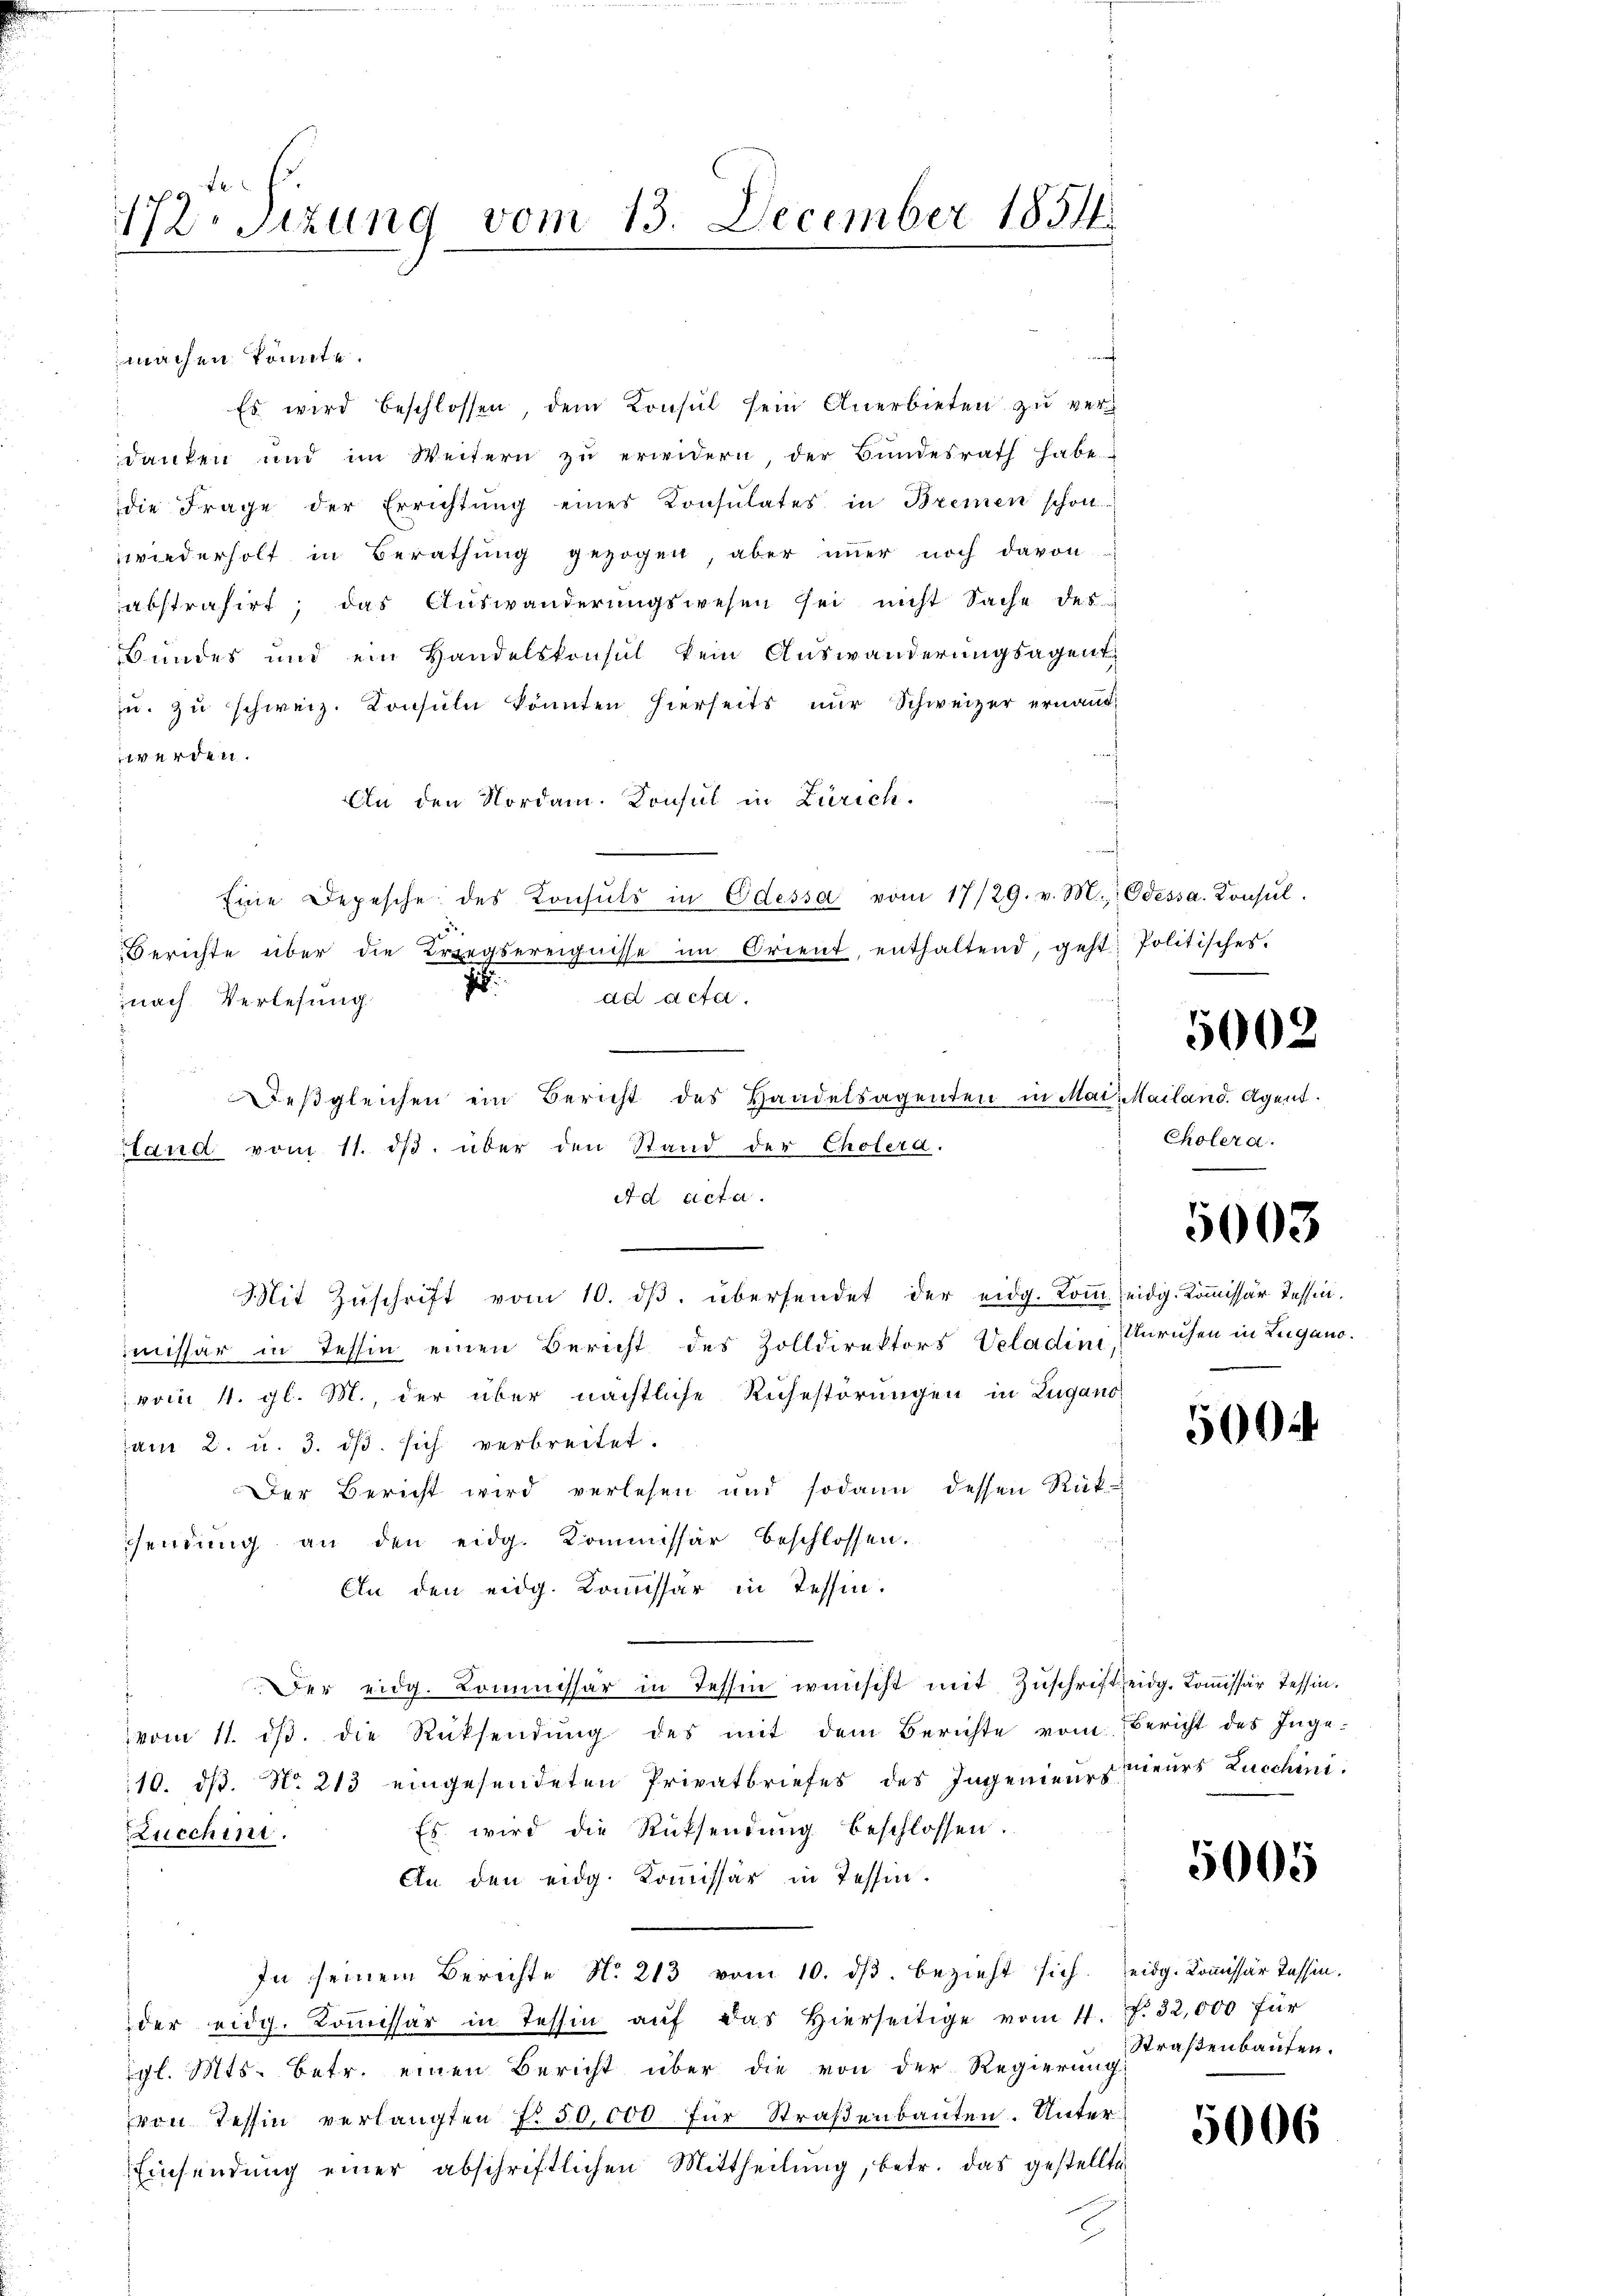
172. Sitzung vom 13. December 1851.

d
machen könnte.
Es wird beschlossen, dem Konsul sein Anerbieten zu verdanken und im Weitern zu erwidern der Bundesrath habe.
die Frage der Errichtung eines Konsulates in Bremen schon
wiederholt in Berathung gezogen, aber immer noch davon
abstrasirt; das Auswanderungswesen sei nicht Sache des
Bundes und ein Handelskonsul kein Auswanderungsagent
zu zu schweiz. Konsuln könnten hierseits nur Schweizer ernannt,
werden.
An den Nordam. Konsul in Zürich.
Mit Zŭschrift vom 10. dβ. übersendet der eidg. Komm eidg. Kommissär Tessin,
missär in Tessin einen Bericht des Zolldirektors Veladini, Zürichen in Lugano.
vom 11. gl. M. der über nächtliche Ruhestörungen in Zugano
am 2. u. 3. dβ sich verbreitet.
Der Bericht wird verlesen und sodann dessen Rüksendung an den eidg. Kommissär beschlossen.
An den eidg. Komissär in Tessin.
Der eidg. Kommissär in Tessin wünscht mit Zŭschrift
vom 11. dβ. die Rücksendung des mit dem Berichte vom Bericht des Inge-
110. dß. No. 213 eingesendeten Privatbriefes des Ingenieurs
Es wird die Rücksendung beschlossen.
Zucchini.
An den eidg. Kommissär in Tessin.
In seinem Berichte No 213 vom 10. ds. bezieht sich. eidg. Kommissär dassen.
der eidg. Koṁissär in Tessin aŭf das hierseitige vom 4. J. 32,000 für
gl. Mts. betr. einen Bericht über die von der Regierung
von Tessin verlangten f. 50,000 für Straßenbauten. Unter¬
Einsendŭng einer abschriftlichen Mittheilŭng, betr. das gestellte

Eine Depesche des Konsuls in Odessa vom 17/29. v. M. Odessa. Konsŭl.
Berichte über die Eriegsereignisse im Orient, enthaltend, geht. Politisches.
sit.
ad acta.
nach Verlesung
Deßgleichen ein Bericht des Handelsagenten in Mat. Mailand. Agent.
Stand vom 11. dβ über den Stand der Cholera.
A d. Acta.

d

Cholera.
.

5002

5003

5004

eidg. Kommissär Tessin.
nieurs Lucchini.

5005

Straßenbauten.

5006